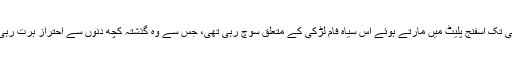
وہ ابھی تک اسفنج پلیٹ میں مارتے ہوئے اس سیاہ فام لڑکی کے متعلق سوچ رہی تھی، جس سے وہ گذشتہ کچھ دنوں سے احتراز برت رہی تھی۔